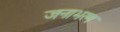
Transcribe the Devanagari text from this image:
जनाभरण